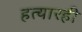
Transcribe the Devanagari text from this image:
हत्यारही